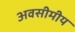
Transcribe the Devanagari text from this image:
अवसीमीय